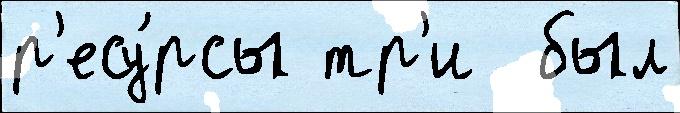
р'есу́рсы тр'и  был